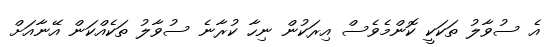
އެ ސުވާލު ތަކަކީ ކޮންމެވެސް އިރަކުން ނިހާ ކުރާނެ ސުވާލު ތަކެއްކަން އޭނާއަށް